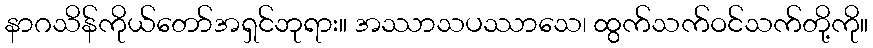
နာဂသိန်ကိုယ်တော်အရှင်ဘုရား။ အဿာသပဿာသေ၊ ထွက်သက်ဝင်သက်တို့ကို။